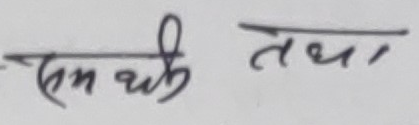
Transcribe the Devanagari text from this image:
समर्थी तथा